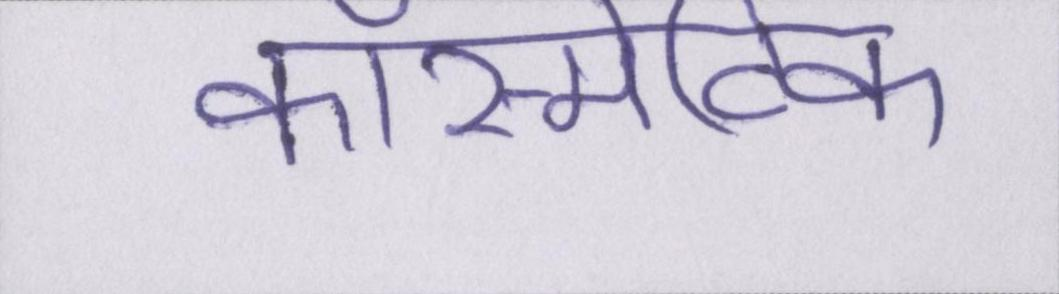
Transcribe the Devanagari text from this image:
कॉस्मेटिक